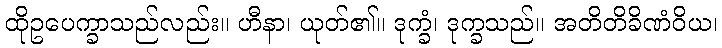
ထိုဥပေက္ခာသည်လည်း။ ဟီနာ၊ ယုတ်၏။ ဒုက္ခံ၊ ဒုက္ခသည်။ အတိတိခိဏံဝိယ၊